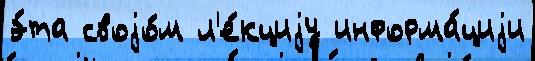
э́та своjо́м л'е́кциjу информа́циjи